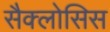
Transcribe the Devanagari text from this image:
सैक्लोसिस